Scientific memoirs by medical officers of the Army of India - Part III,
Year: 1887
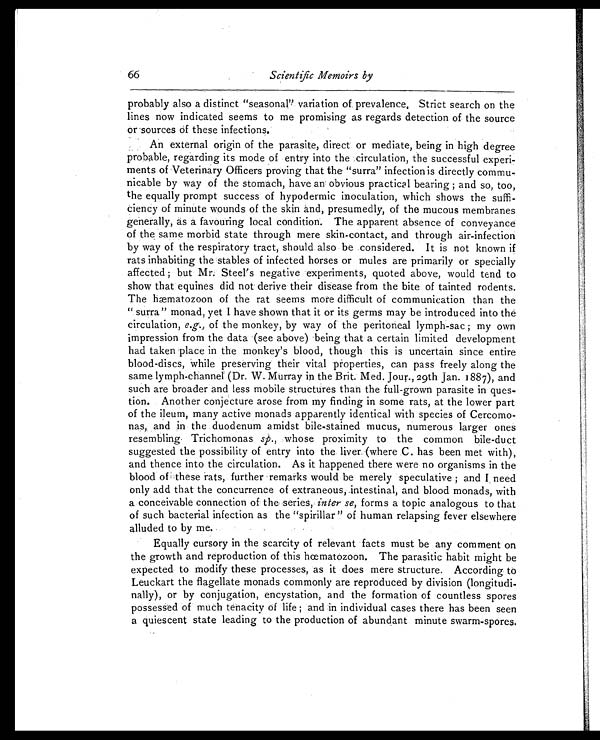
66
Scientific Memoirs by
probably also a distinct "seasonal'' variation of prevalence. Strict search on the
lines now indicated seems to me promising as regards detection of the source
or sources of these infections.
An external origin of the parasite, direct or mediate, being in high degree
probable, regarding its mode of entry into the circulation, the successful experi
-ments of Veterinary Officers proving that the "surra" infection is directly commu
-nicable by way of the stomach, have an obvious practical bearing; and so, too,
the equally prompt success of hypodermic inoculation, which shows the suffi
-ciency of minute wounds of the skin and, presumedly, of the mucous membranes
generally, as a favouring local condition. The apparent absence of conveyance
of the same morbid state through mere skin-contact, and through air-infection
by way of the respiratory tract, should also be considered. It is not known if
rats inhabiting the stables of infected horses or mules are primarily or specially
affected; but Mr. Steel's negative experiments, quoted above, would tend to
show that equines did not derive their disease from the bite of tainted rodents.
The hæmatozoon of the rat seems more difficult of communication than the
"surra" monad, yet I have shown that it or its germs may be introduced into the
circulation, e.g. , of the monkey, by way of the peritoneal lymph-sac; my own
impression from the data (see above)being that a certain limited development
had taken place in the monkey's blood, though this is uncertain since entire
blood-discs, while preserving their vital properties, can pass freely along the
same lymph-channel (Dr. W. Murray in the Brit. Med. Jour., 29th Jan. 1887), and
such are broader and less mobile structures than the full-grown parasite in ques
-tion. Another conjecture arose from my finding in some rats, at the lower part
of the ileum, many active monads apparently identical with species of Cercomo
-nas, and in the duodenum amidst bile-stained mucus, numerous larger ones
resembling Trichomonas sp. , whose proximity to the common bile-duct
suggested the possibility of entry into the liver. (where C. has been met with),
and thence into the circulation. As it happened there were no organisms in the
blood of these rats, further remarks would be merely speculative; and I need
only add that the concurrence of extraneous, intestinal, and blood monads, with
a conceivable connection of the series, inter se, forms a topic analogous to that
of such bacterial infection as the "spirillar" of human relapsing fever elsewhere
alluded to by me.
Equally cursory in the scarcity of relevant facts must be any comment on
the growth and reproduction of this hœmatozoon. The parasitic habit might be
expected to modify these processes, as it does mere structure. Accsording to
Leuckart the flagellate monads commonly are reproduced by division (longitudi
-nally), or by conjugation, encystation, and the formation of countless spores
possessed of much tenacity of life; and in individual cases there has been seen
a quiescent state leading to the production of abundant minute swarm-spores.